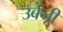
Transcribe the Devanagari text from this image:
उर्बनी